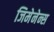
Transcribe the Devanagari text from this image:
जिमेनेन्स